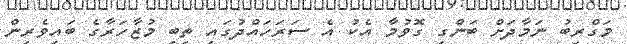
މަގްރިބު ނަމާދަށް ބަންގި ގޮވުމާ އެކު އެ ސަރަހައްދުގައި ތިބި މުޒާހަރާގެ ބައިވެރިން